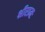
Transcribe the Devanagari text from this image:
श्रीरामः